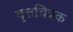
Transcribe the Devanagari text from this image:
वृत्तचित्रक